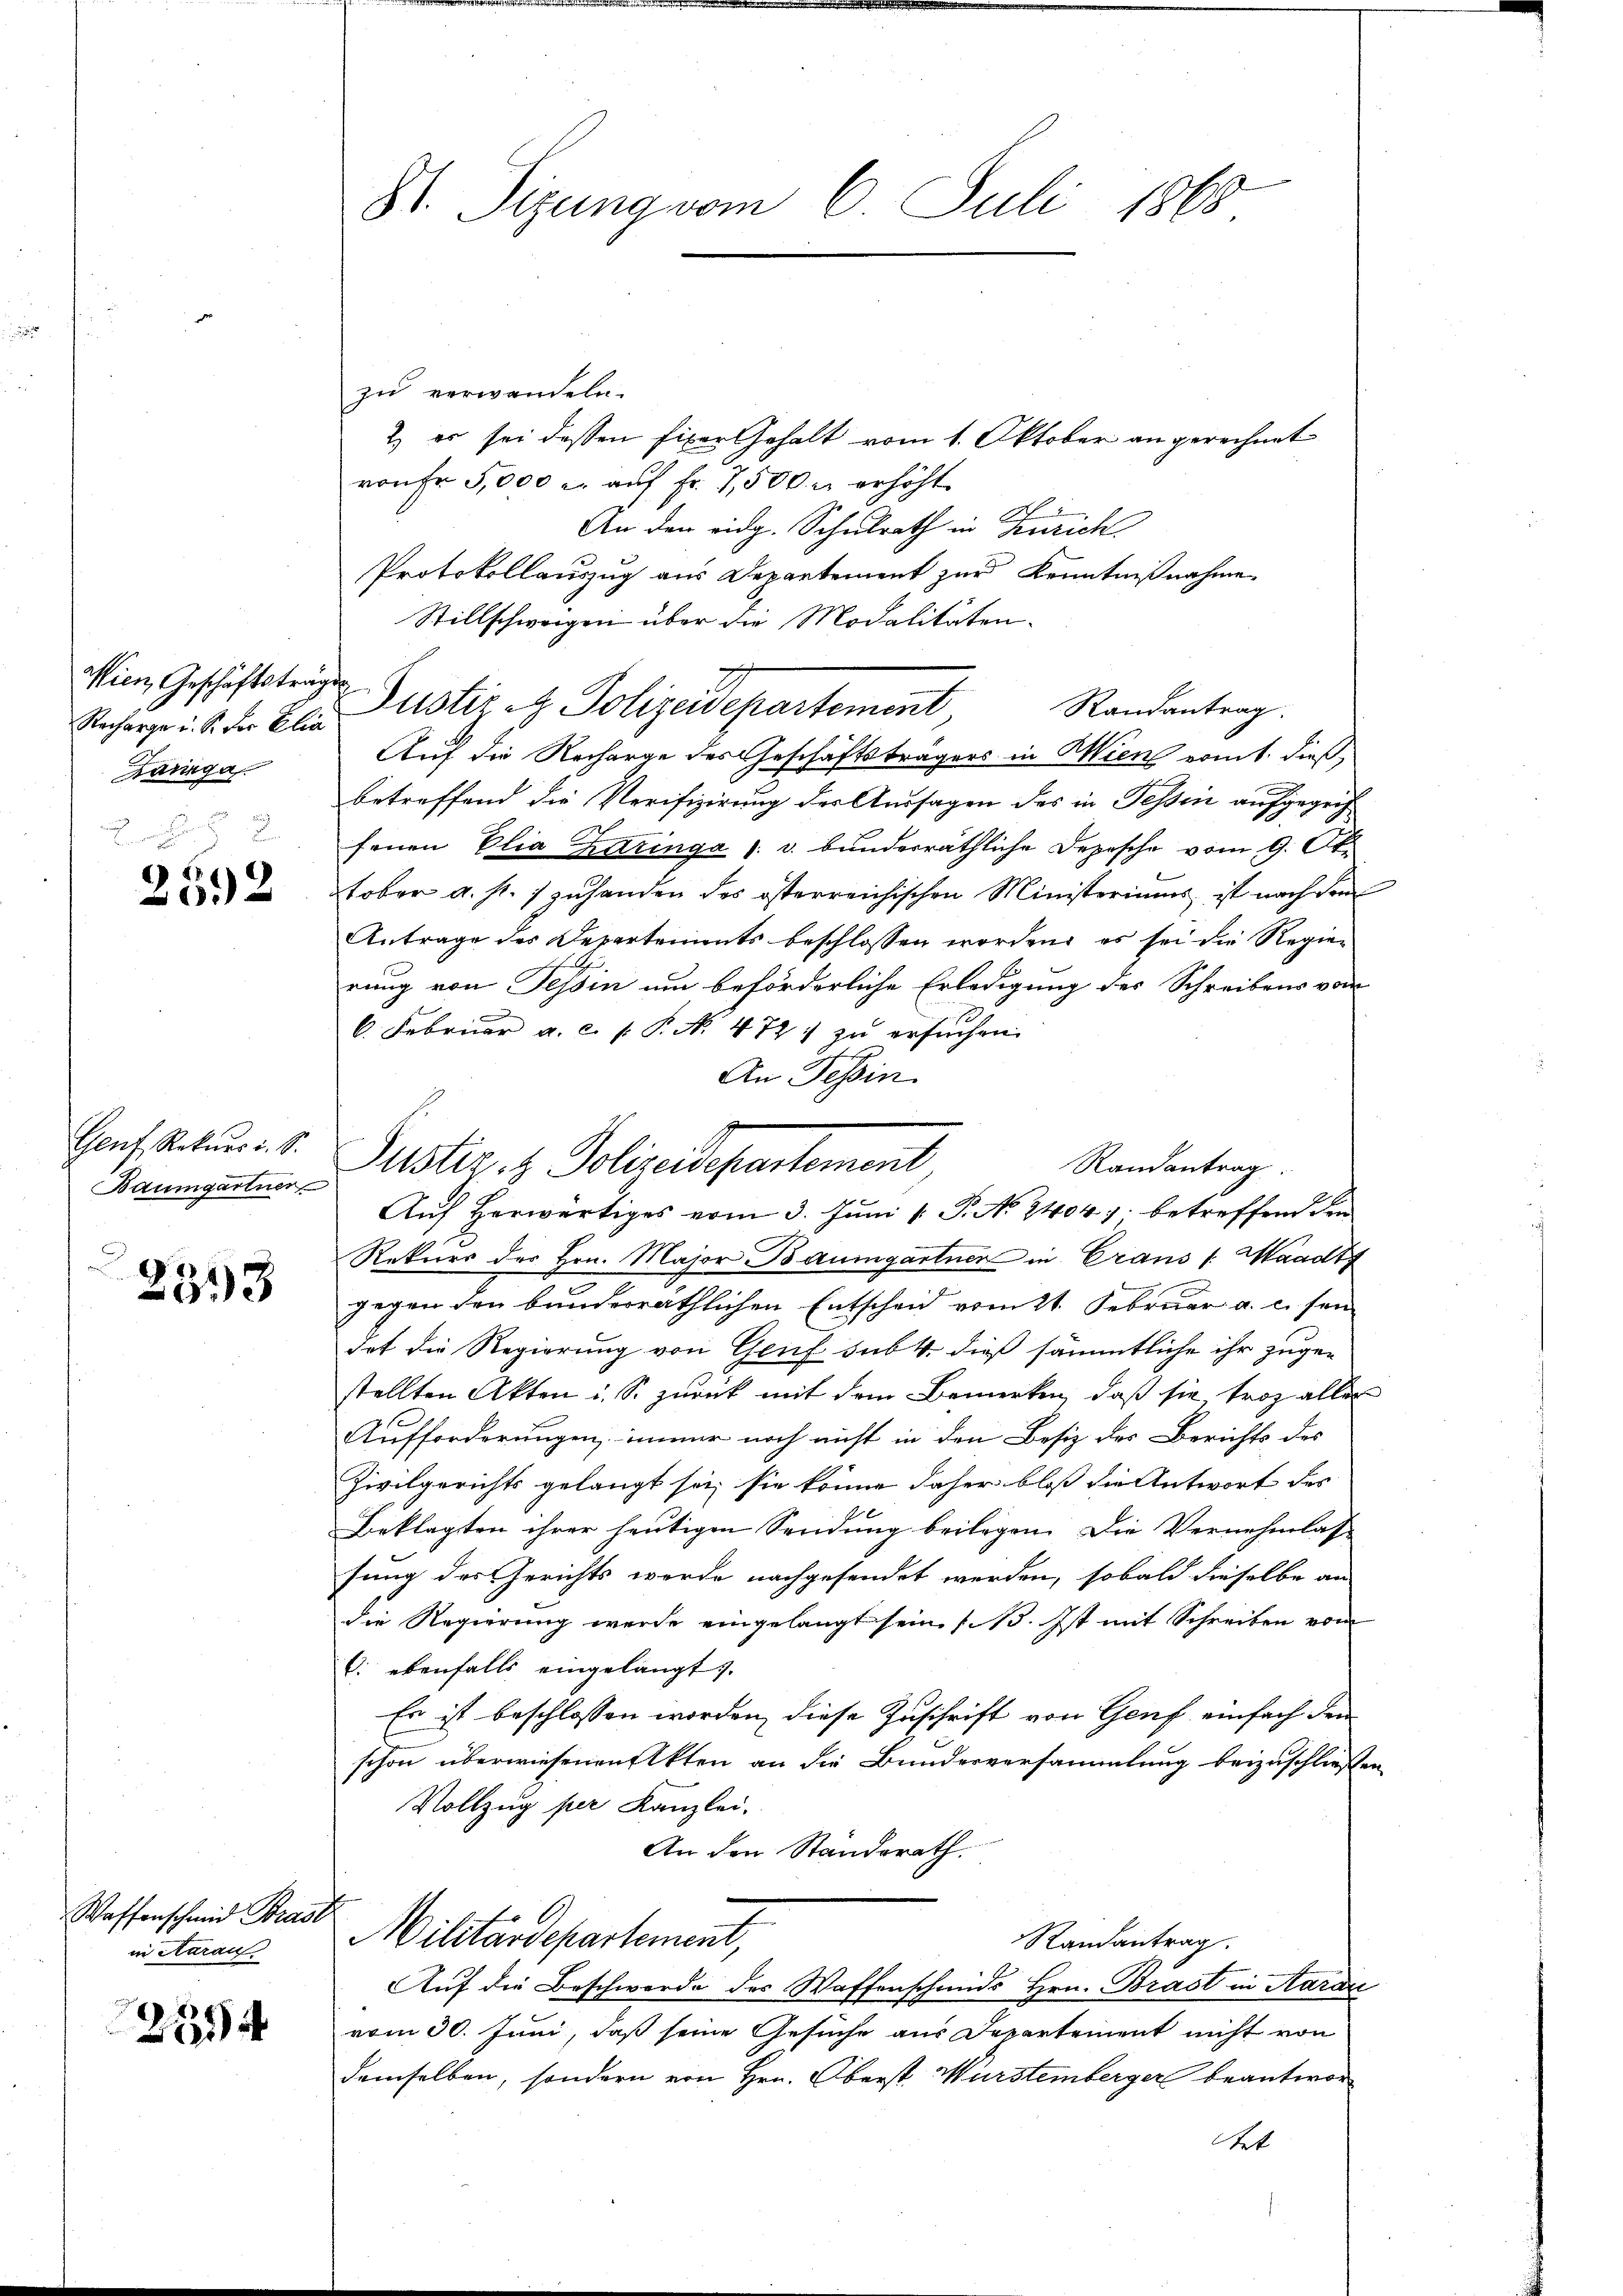
Wien, Geschäftsträgen
Karnga

2592

Genf, Rekurs i. S.
Baumgartner

2
33

Waffenschmid Bras
in Aarau

2594

8t. Sizung vom 6. Juli 1868

zu verwandeln.
2) es sei dessen fixer Gehalt vom 1. Oktober an gerechnet
von fr 5,000 c. auf Fr. 7,500 u. erhöht
An den eidg. Schulrath in Zürich
Protokollauszug aus Departement zur Kenntnißnahme
Stillschwagen über die Modalitäten¬
Randantrag.
Recharge u. der Blin Justiz & Polizeidepartement,
Auf die Recharge des Geschäftsträgers in Wien romt. dießbetreffend die Verifizirung der Aussagen des in Tessin aufgegriffenen Elia Karinga 1. u. bunderräthliche Depesche vom 9. Okt
tober a. f. 1 zuhanden des österreichischen Ministeriums ist nach dem
Antrage des Departements beschlossen worden, es sei die Regierung von Tessin um beförderliche Erledigung des Schreibens vom
6. Februar a. c. P.P. N. 472 zu ersuchen.
An Tessin.
Randantrag
Auf herwärtiges vom 3. Juni v. P. No. 2404. 7. betreffend den
Rekurs des Hrn. Major Baumgartner in Crans /: Waadt
gegen den bunderräthlichen Entscheid vom 21. Februar a. c. sen
det die Regierung von Geif sub. 4. dieß sämmtliche ihr zuge-
stellten Akten u. S. zurück mit dem Bemerken, daß sie trotz aller
Aufforderungen, immer noch nicht in den Besiz der Berichts des
Zivilgerichts gelangt sei, sie könne daher bloß die Antwort des
Beklagten ihrer heutigen Sendung beilegen. Die Vernehmlasse
sung des Gerichts werde nachgesendet werden, sobald dieselbe an
die Regierung werde eingelangt sein (13. Ist mit Schreiben vom
. ebenfalls eingelangt.
Es ist beschlossen worden, diese Zuschrift von Genf einfach den
schon überwiesenen Akten an die Bunderversammlung beizuschließen.
Vollzug per Kanzlei-
An den Standsrath.
Militärdepartement,
Randantrag.
Auf die Beschwerde des Waffenschmids Hrn. Brast in Harder
vom 30. Juni, daß seine Gesuche aus Departement nicht von
demselben, sondern von Hrn. Oberst Wurstemberger beantwor¬
Stet

Puster, z. Policeisepartement,